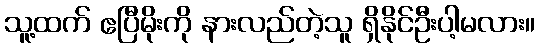
သူ့ထက် ဧပြီမိုးကို နားလည်တဲ့သူ ရှိနိုင်ဦးပါ့မလား။